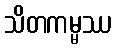
သိတကမ္မဿ